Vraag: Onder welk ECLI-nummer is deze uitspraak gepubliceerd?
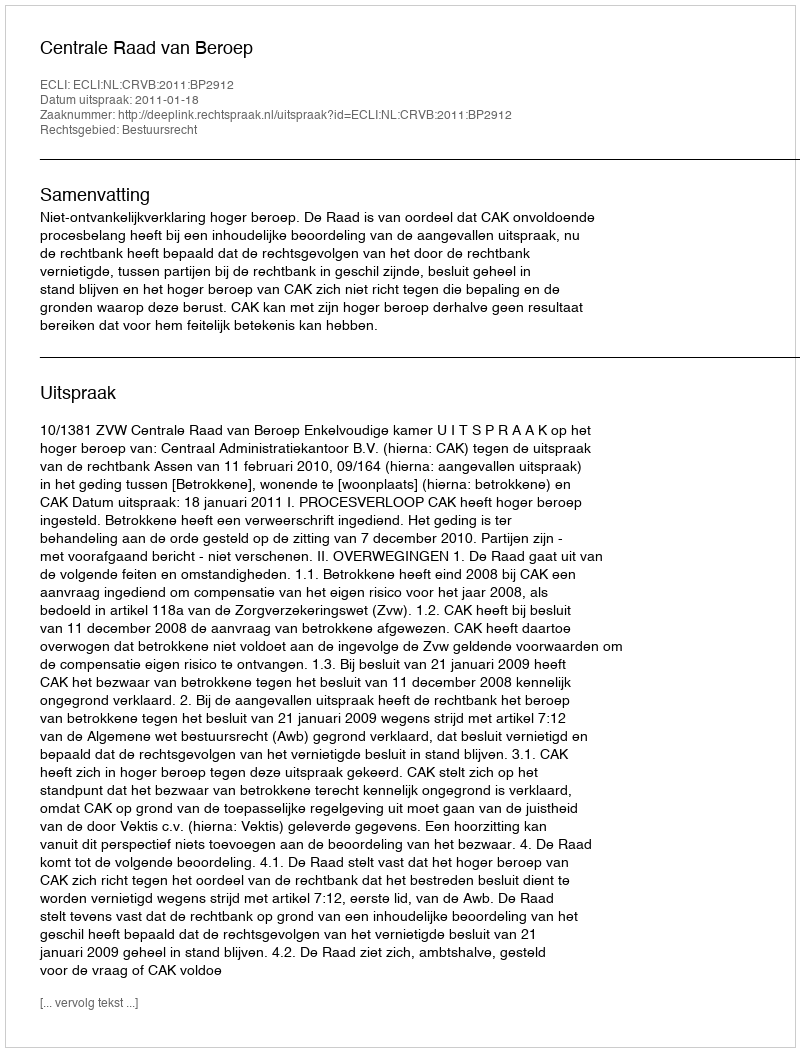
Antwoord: ECLI:NL:CRVB:2011:BP2912